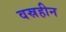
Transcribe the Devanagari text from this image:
वस्रहीन